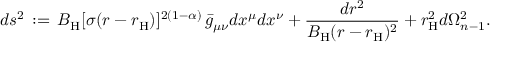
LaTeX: d s ^ { 2 } \, : = \, B _ { \mathrm { H } } [ \sigma ( r - r _ { \mathrm { H } } ) ] ^ { 2 ( 1 - \alpha ) } \, \bar { g } _ { \mu \nu } d x ^ { \mu } d x ^ { \nu } + \frac { d r ^ { 2 } } { B _ { \mathrm { H } } ( r - r _ { \mathrm { H } } ) ^ { 2 } } + r _ { \mathrm { H } } ^ { 2 } d \Omega _ { n - 1 } ^ { 2 } .